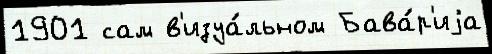
1901 сам в'изуа́льном Бава́р'иjа